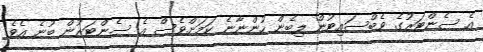
އެ ސެންޓަރުގެ ވެބްސައިޓުން ލިބެން ހުންނާނެ ކަމަށްވެސް އެ ސެންޓަރުން ބުނެ އެވެ.